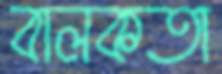
বালকতা